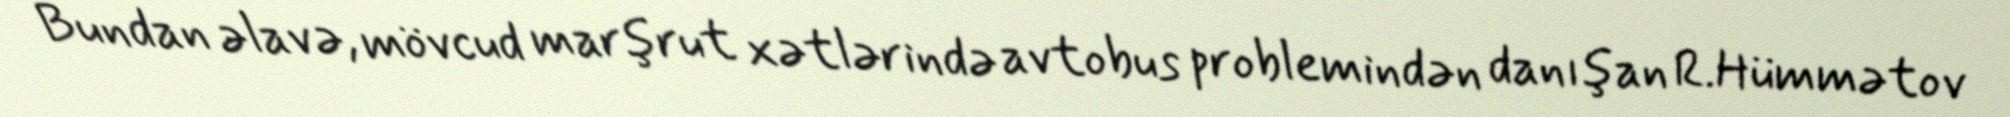
Bundan əlavə, mövcud marşrut xətlərində avtobus problemindən danışan R.Hümmətov